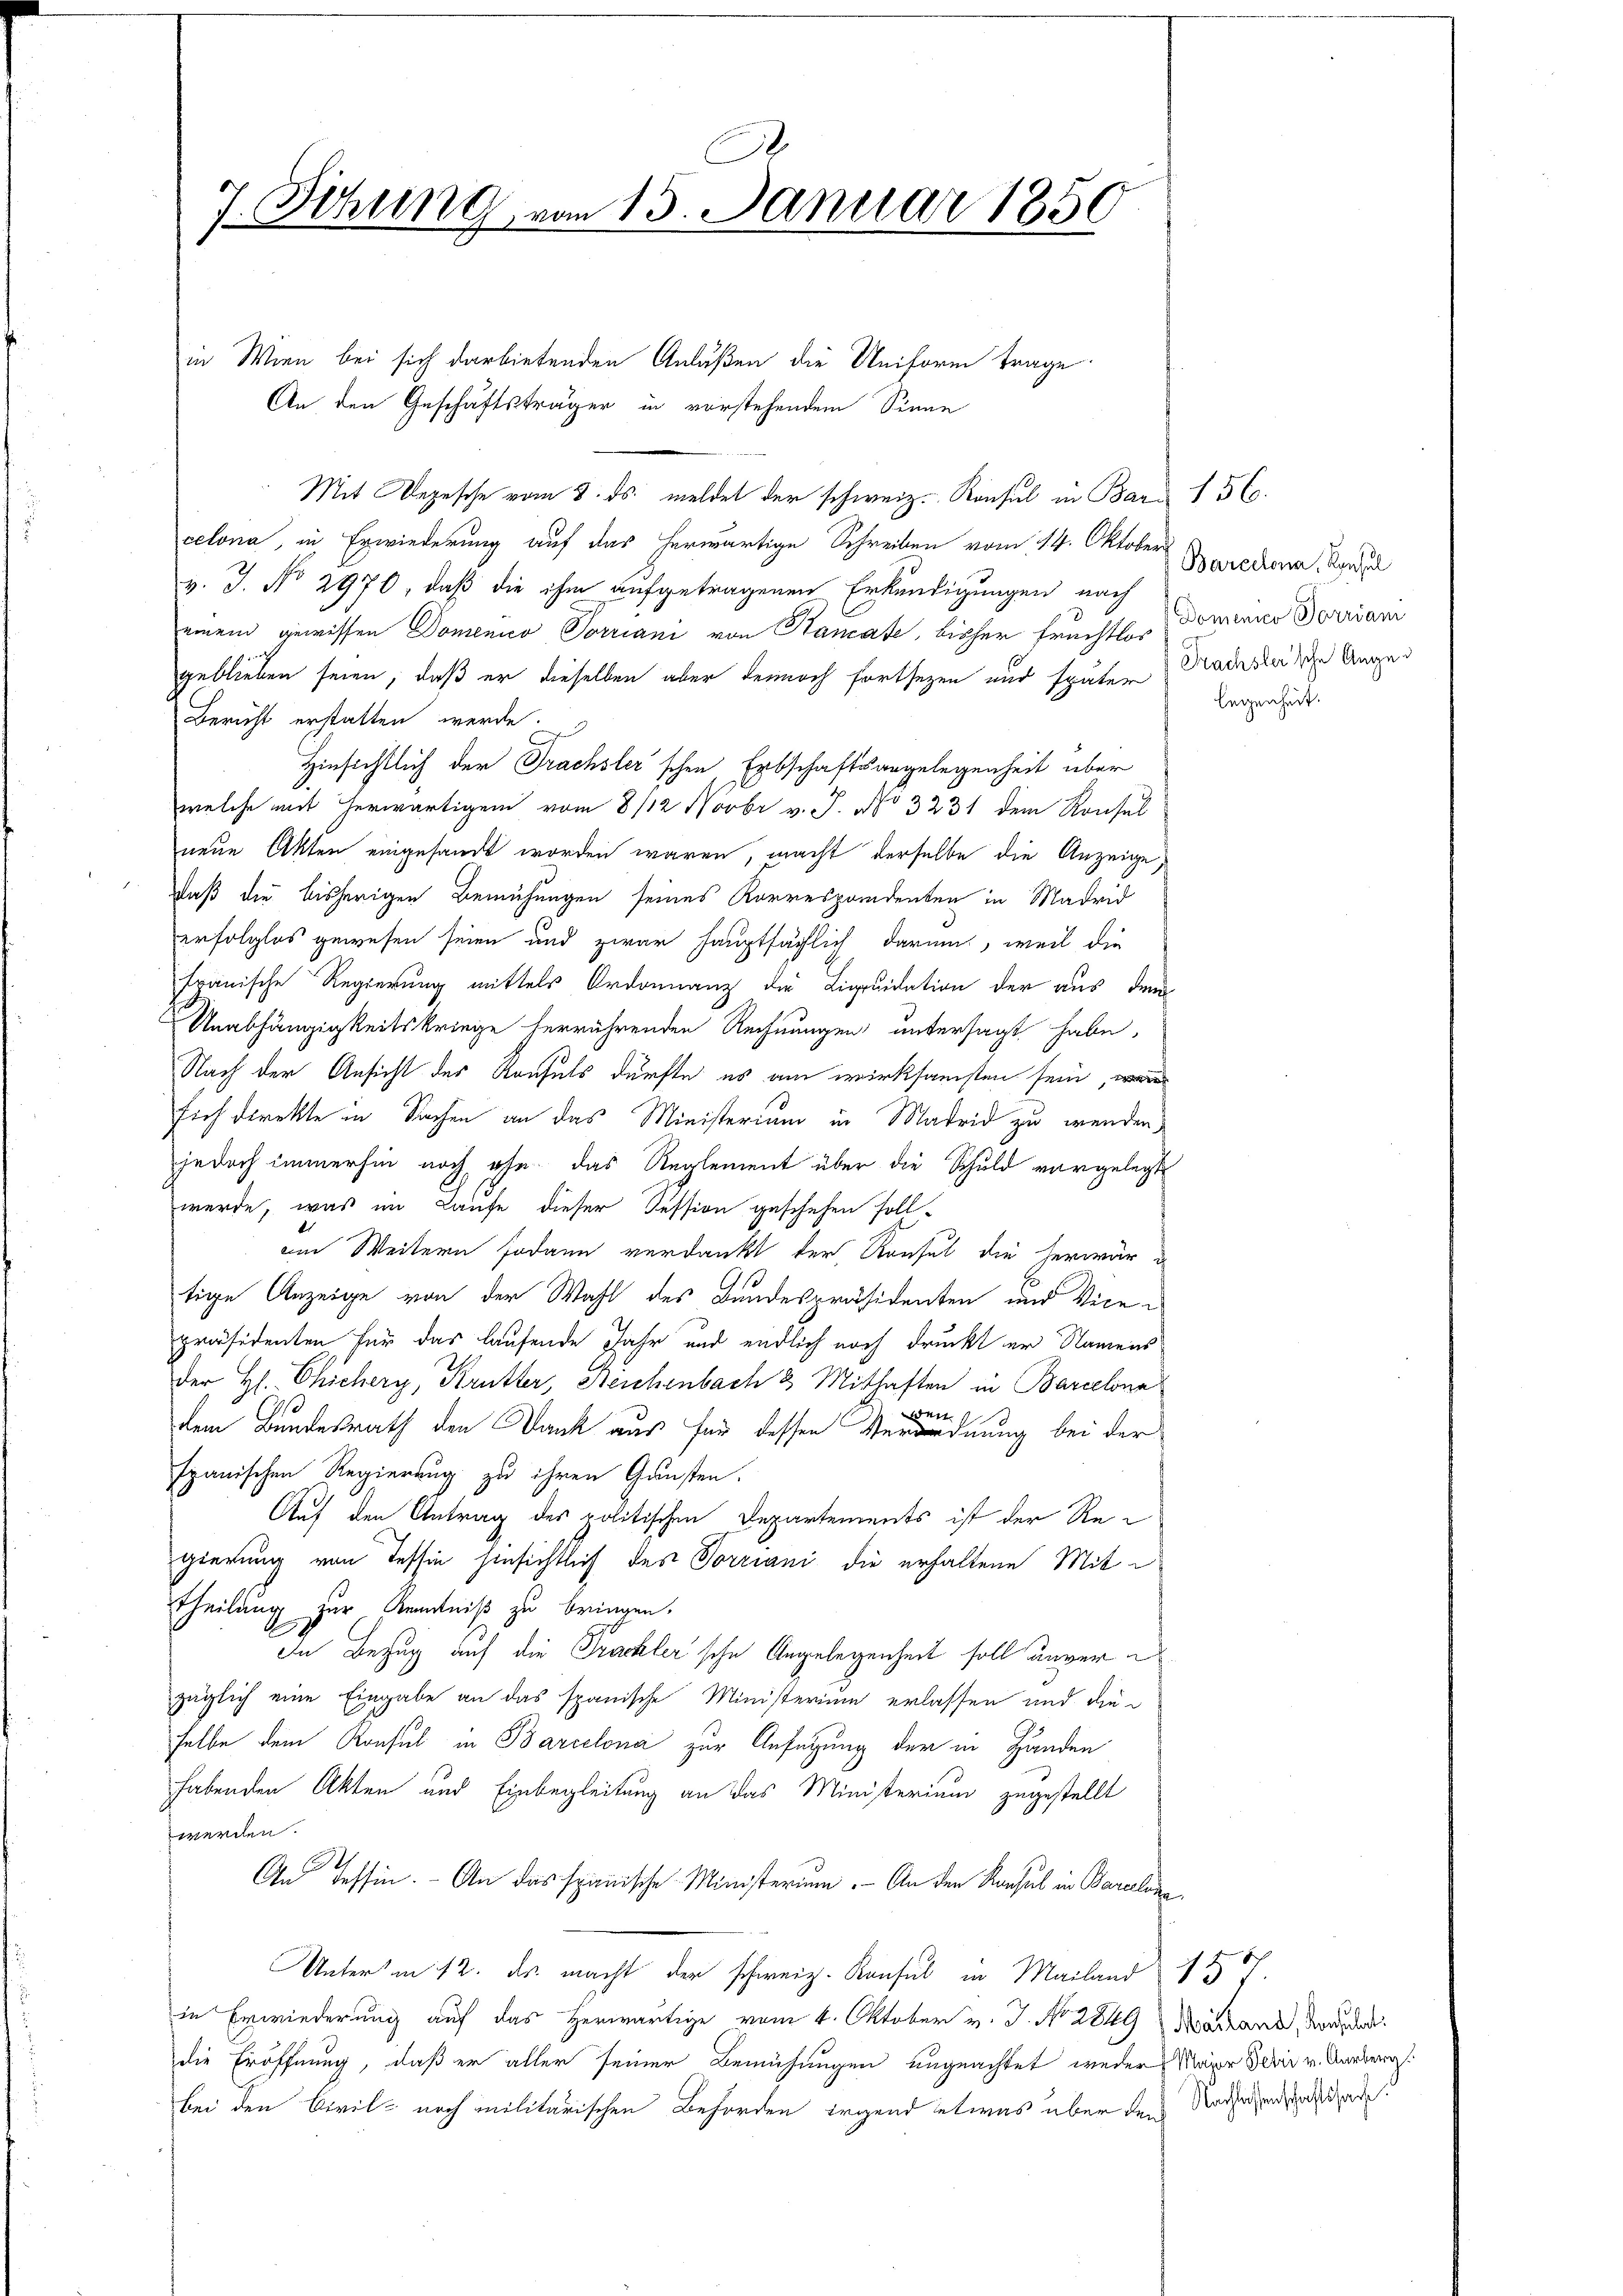
7. Sitzung vom 13. Januar 1850

in Wien bei sich darbietenden Anlaßen die Uniform trage.
An den Geschäftsträger in vorstehendem Sinne
Mit Depesche vom 8. ds. meldet der schweiz. Konsul in Bar § 56.
celona, in Erwiederung auf das herwärtige Schreiben vom 14. Oktober
v. J. No 2970, daß die ihm aufgetragenen Erkundigungen nach
einem gewissen Domenico Vorriani von Stanate, bisher Fruchtlos
geblieben seien, daß er dieselben aber dennoch fortsezen und später Gradester die Augen
Bericht erstatten werde
Hinsichtlich der Frachsler schen, Erbschaftsangelegenheit über
welche mich herwärtigem vom 8/12 Novbr v. J. No 3231 dem Rousel
neue Akten eingesandt worden wären, macht derselbe die Anzeige,
daß die bisherigen Bemühungen seines Korrespondenten in Madrid
erfolglos gewesen seien und zwar hauptsächlich darum, weil die
spanische Regierung mittels Ordonnanz die Liquidation der aus dem
Unabhängigkeitskriege herrührenden Rechnungen untersagt habe,
Nach der Ansicht der Konsuls dürfte es am wirksamsten sein, w
sich direkte in Sachen an das Ministerium in Madrid zu wenden,
jedoch immerhin noch ohn das Reglement über die Schuld vorgelegt
werde, was im Laufe dieser Tession geschehen soll
am Weitern sodann verdankt der, Rousel die herwär
tige Anzeige von der Wahl des Bundespräsidenten und Vicepräsidenten für das laufende Jahr und endlich noch druckt er Namens
Der H. Chichery, Krutter, Reichenbach 2 Mithaften in Barcelona
weit
dem Bundesrath den Dank aus für dessen Verordnung bei der
spanischen Regierung zu ihren Gunsten.
Auf den Antrag des politischen Departements ist der Regierung von Tessin hinsichtlich des Vorriani die erhaltene Mit¬
Theilung zur Kenntniß zu bringen.
In Bezug auf die Trackler sche Angelegenheit soll unverzüglich eine Eingabe an das spanische Ministerium erlassen und die-
selbe dem Konsul in Barcelona zur Anfügung der in Händen
habenden Akten und Einbegleitung an das Ministerium zugestellt
werden.
An Tessin. - An das spanische Ministerium. — An den Konsul in Baralogen
Unter in 12. ds. macht der schweiz. Konsul in Mailand 14.
in Erwiederung auf das Herwärtige vom 4. Oktober v. J. No. 2849 Nastand, da der
die Eröffnung, daß er aller seiner Bemühungen ungeachtet weder Maier oder v. Aarberg.
bei den Civil- noch militarischen Behörden irgend etwas über den Nachsehenzende

Barcelona, Konsul
Domenico Vorriam
legenheit.